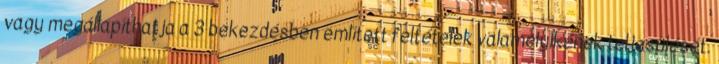
vagy megállapíthatja a 3 bekezdésben említett feltételek valamelyikének teljesülését.